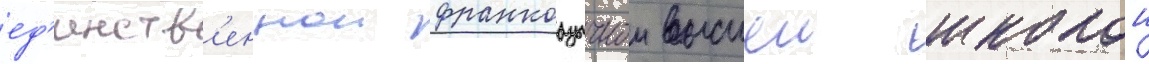
ед'инств'еннои франкоазычнои высшеи школои